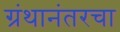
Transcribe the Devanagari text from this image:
ग्रंथानंतरचा